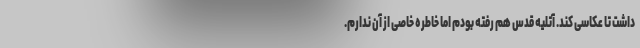
داشت تا عکاسی کند. آتلیه‌ قدس هم رفته بودم اما خاطره خاصی از آن ندارم.